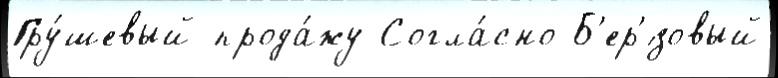
Гру́шевый прода́жу Согла́сно Б'ер'́зовый